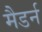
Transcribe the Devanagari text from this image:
मैडर्न